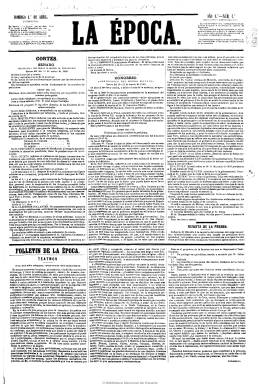
Título: La Época (Madrid. 1849)
Otros títulos: La Época actual
Colección: Periódicos
Ámbito geográfico: Madrid
Lugar de publicación: Madrid
Fechas: 01/04/1849-31/03/1936

Diario vespertino fundado por Diego Coello y Quesada (182-1897) el uno de abril de 1849, a principios del siglo veinte será ya el decano de la prensa diaria política madrileña, extinguiéndose su vida a escasos días del golpe de Estado de julio de 1936. Será el diario por antonomasia de la monarquía, que se convertirá en prototipo de periódico aristocrático y conservador. Nace, desde una posición moderada, como reacción al semiabsolutismo del ministerio de Juan Bravo Murillo. Evoluciona a una oposición centrista y saluda alborozado el triunfo de 1854 del general Francisco Serrano, pero se mostrará contrario al bienio esparterista. Desde 1856 será el órgano de Unión Liberal, pero se separará de la misma a causa de los acontecimientos de la noche de San Gil, en abril de 1865, para apoyar a los gobiernos del general Ramón María Narváez y de Luis González Bravo, aunque después combatirá a este. Caracterizado por su fidelidad al trono isabelino, aceptará la Gloriosa en 1868 y tras algunas dudas y el fracaso de la candidatura de la nueva monarquía de Antonio María de Orleans, duque de Montpensier, Antonio Cánovas del Castillo lo ganará para la causa alfonsina, convirtiéndose en el estandarte periodístico de la Restauración durante el Sexenio Democrático.

Ramón de Navarrete había sido el director de su primer número, pero a partir de entonces y hasta 1866 lo dirigirá el propio Coello. Fue entonces cuando su propiedad quedó al completo en manos de su inseparable amigo, Ignacio José Escobar y López Hermosa (1823-1887), que lo dirigirá hasta 1887, quedando definitivamente esta cabecera en manos de su familia. Navarrete, que utiliza los seudónimos Pedro Fernández y Asmodeo, fue quien incorporó en la prensa española a través de La época la “crónica de sociedad” como visitante de los más encopetados salones de la corte. Entre sus numerosos redactores y colaboradores estuvieron Fernando Cos-Gayón, Agustín Aguirre, Pedro Antonio de Alarcón, Ventura de la Vega, Francisco Martínez de la Rosa, Eusebio Blasco, José Bisso, Julio Nombela, Jacobo Rebollo, Manuel María de Santa Ana, Ildefonso Antonio Bermejo, Juan Pérez de Guzmán o Joaquín Madonado Macanaz, quien se encargará de la sección de política interior durante más de treinta años.

Será un diario de cuatro páginas de gran formato, a tres, cuatro y hasta seis columnas, estabilizándose en las cinco columnas durante la mayor parte de su existencia, y compuesto con tipos diminutos, al estilo de los ya consagrados diarios políticos de noticias, estructuradas en secciones. Ofrecerá las nacionales y extranjeras, las parlamentarias, las oficiales y las del gobierno, revistas de prensa, un boletín comercial y agrícola, con las cotizaciones de bolsa y precios de los productos, editorial y artículos de fondo, notas de espectáculos, especialmente los teatrales, así como anuncios comerciales al final, que a veces ocuparán la última plana. También ofrecerá el ya clásico y cotidiano folletín.

Su propietario y director conspirará, junto al propio Cánovas, en el golpe militar que el general Arsenio Martínez Campos da en Sagunto el 29 de diciembre de 1874, que abre la Restauración dinástica y, en 1879, el monarca agradecerá los méritos de Escobar distinguiéndole como marqués de Valdeiglesias. La época alcanzará su mayor esplendor y prestigio, precisamente, entre 1875 y 1885, al convertirse en el más cualificado órgano del turnante Partido Conservador y como portavoz de su jefe, Cánovas del Castillo. Aunque las tiradas de este diario nunca serán elevadas y los ejemplares difundidos por suscripción al doble de precio, llegarán a los innumerables casinos y sociedades en manos de los dirigentes locales del partido, destacando en sus páginas las noticias y las crónicas sociales de las clases altas, de sus fiestas y sus veraneos en Biarritz, Santander o San Sebastián, recibiendo el periódico el apelativo de “la vieja señora”.

Tras el magnicidio de Cánovas, en 1897, y ya en manos del segundo marqués, Alfredo Escobar Ramírez, el diario continuará siempre al lado del jefe del sector mayoritario del Partido Conservador, apoyando a Francisco Silvela y, posteriormente, a Antonio Maura, y tras su crisis de 1913 y un breve titubeo, y durante la primera guerra mundial y siempre con la pretensión de mantener unido al partido, apoyará a Eduardo Dato. Tras el magnicidio de este, en 1921, será el portavoz de José Sánchez Guerra, el hombre de confianza de Maura. Como defensor de una monarquía constitucional y parlamentaria y desde su posición liberal-conservadora, será diario opositor a la dictadura primoriverista, llegando a ser multado y suspendido en abril de 1926.

Seguirá ofreciendo noticias del partido, crónicas parlamentarias, revistas de prensa extranjera, en concreto de los periódicos franceses, y sus principales editoriales y artículos de fondo serán obra de uno de sus más destacados redactores, Salvador Canals. El segundo marqués, con el seudónimo Mascarilla, se dedicará a las crónicas de sociedad de un diario que sigue destinado a una minoría selecta de aristócratas, financieros, gentes de mundo, políticos y damas de la alta o “buena” sociedad. La crítica literaria y teatral será obra de Andrenio (Eduardo Gómez Baquero) hasta 1921. Durante la primera guerra mundial, Mariano Marfil, que actuará seguidamente, y hasta 1933, como jefe de su redacción y director en efectivo, será el autor de unas impresiones de campaña en un conflicto bélico en el que La época será uno de los periódicos españoles que recibirán subvenciones de las potencias aliadas (Francia e Inglaterra).

Sucesivamente, sus jefes de redacción habían sido Manuel Tello (1866-1884), el ya citado Andrenio (1884-1893), Jerónimo Bécker (1893-1923) y Francisco Pérez Mateos, conocido como León Roch (1923-1927), y a su redacción pertenecerán una larga nómina de periodistas, como Francisco Fernández Villegas (Zeda), Luis Alfonso Casanova, Rodrigo Soriano, Melchor Fernández Almagro, como crítico teatral; así como Francisco de Ayala, que inicia en sus páginas su carrera periodística y literaria, lo mismo que César González Ruano, y publicará colaboraciones de Emilia Pardo Bazán, entre otras figuras literarias y periodísticas.

Tras ser proclamada la II República, el diario sigue manteniendo el buen tono entre la “vieja sociedad”, con su severo diseño de páginas inmensas alejadas de estridencias y sensacionalismo, y romo en los alardes fotográficos que había adoptado su más directo competidor desde 1903, el diario ABC de los Luca de Tena.

A pesar de su monarquismo llegará a librarse de la gran suspensión de periódicos antirrepublicanos con motivo de la sanjurjada de agosto de 1932. Marfil lo llevó a posiciones cercanas de Acción Española y, renegando de su pasado moderantismo y defensa del conservadurismo liberal, a partir de noviembre de 1933 el tercer marqués de Valdeiglesias y marqués de las Marismas del Guadalquivir, José Ignacio Escobar Kirkpatrick, toma las riendas del periódico familiar, asistido por Eugenio Vegas Letapie, hasta 1935, y a continuación por Jorge Vigón. A su redacción siguen perteneciendo entonces, entre otros, Gabriel Briones, Luis Ardila, Xavier de Echarri o Luis Araujo Costa, quien en 1946 publicará la biografía de La época.

El vetusto diario se reconvierte al viejo tradicionalismo de la monarquía católica, siguiendo las ideas difundidas por el francés Charles Maurras, y como órgano de Renovación Española de José Calvo Sotelo, encuadrada en el Bloque Nacional, acusará como farsa el sufragio universal y de inútil y dañino el parlamentarismo, defenderá el autoritarismo y justificará la insurrección militar. Con motivo del asesinato de Calvo Sotelo, La época publica su último número el 11 de julio de 1936, dos días después quedará suspendida, y tras estallar la guerra civil será incautada. En sus talleres se imprimirá El sindicalista, el periódico del partido socialista de Ángel Pestaña.

- - -

En algunas épocas se publicó una edición matutina y una edición vespertina, con diferente numeración, por lo que se pueden encontrar algunos saltos en la colección de Hemeroteca Digital. En estos casos se han incluido ambos ejemplares en el mismo archivo.